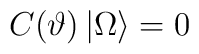
C(\vartheta )\left| \Omega \right\rangle =0